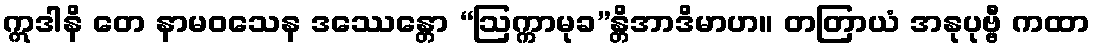
ဣဒါနိ တေ နာမဝသေန ဒဿေန္တော “ဩက္ကာမုခ”န္တိအာဒိမာဟ။ တတြာယံ အနုပုဗ္ဗီ ကထာ